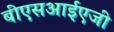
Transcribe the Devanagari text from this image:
बीएसआईएजी